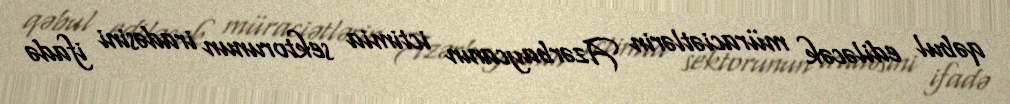
qəbul ediləcək müraciətlərin Azərbaycanın ictimia sektorunun iradəsini ifadə